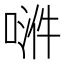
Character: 𫪿